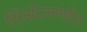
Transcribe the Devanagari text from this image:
सिअॅटलमधील